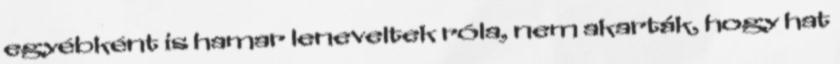
egyébként is hamar leneveltek róla, nem akarták, hogy hat